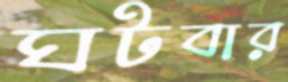
ঘটবার